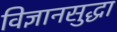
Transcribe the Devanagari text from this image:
विज्ञानसुद्धा